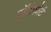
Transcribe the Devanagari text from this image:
हॉर्टफ़ोर्ट